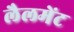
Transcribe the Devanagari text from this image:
लैलमेंट